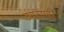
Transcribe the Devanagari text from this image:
उमराणी